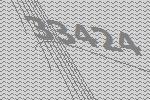
33424